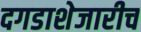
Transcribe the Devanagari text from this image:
दगडाशेजारीच